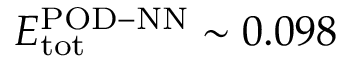
E _ { \mathrm { t o t } } ^ { \mathrm { P O D - N N } } \sim 0 . 0 9 8